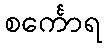
စင်္ကောရ